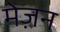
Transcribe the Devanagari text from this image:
मेज़न